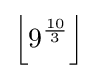
\left\lfloor 9^{\frac {10}{3}}\right\rfloor